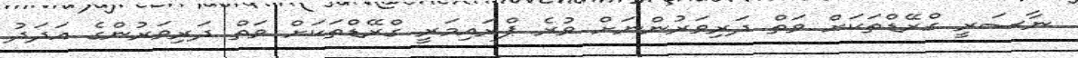
ނާސަރީ ގްރޭޑްތަކަށް ވަތް ދަރިވަރުންނަށް ވުރެ ޕްރައިމަރީ ގްރޭޑްތަކަށް ވަތް ދަރިވަރުންގެ އަދަދު